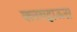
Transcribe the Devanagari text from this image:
क्लबहाऊस